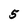
Character: 5